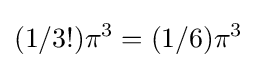
(1/3!)\pi ^{3}=(1/6)\pi ^{3}